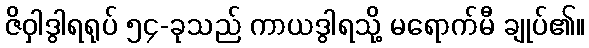
ဇိဝှါဒွါရရုပ် ၅၄-ခုသည် ကာယဒွါရသို့ မရောက်မီ ချုပ်၏။